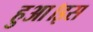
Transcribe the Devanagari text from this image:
हुआ।इस